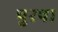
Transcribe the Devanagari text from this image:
पुरषा